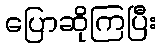
ပြောဆိုကြပြီး